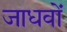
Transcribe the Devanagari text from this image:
जाधवों